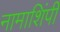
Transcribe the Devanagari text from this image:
नामाशिंपी